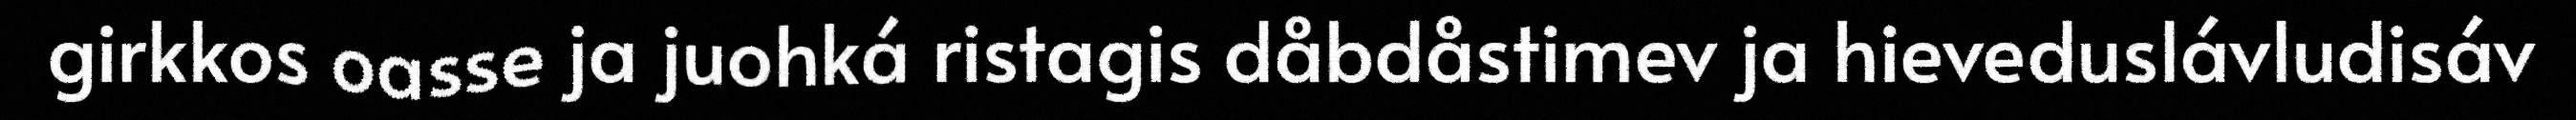
girkkos oasse ja juohká ristagis dåbdåstimev ja hieveduslávludisáv